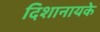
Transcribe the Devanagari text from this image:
दिशानायके